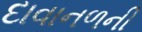
દાવાનળની